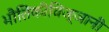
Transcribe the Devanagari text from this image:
भौतिकीविज्ञानी